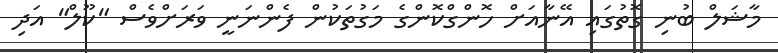
މާޝަލް ބުނި ގޮތުގައި އޭނާއަށް ހޮންގްކޮންގެ މަގުތަކުން ފެންނަނީ ވަރަށްވެސް "ކޫލް" އަދި